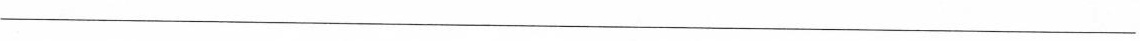
___